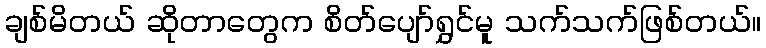
ချစ်မိတယ် ဆိုတာတွေက စိတ်ပျော်ရွှင်မူ သက်သက်ဖြစ်တယ်။